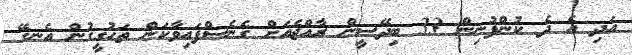
އަދި އެ ދެ ކުންފުނިން 33 ބިދޭސީން ރާއްޖެއަށް ގެނެސްފައިވާކަން ތަހުގީގުން އެނގޭ